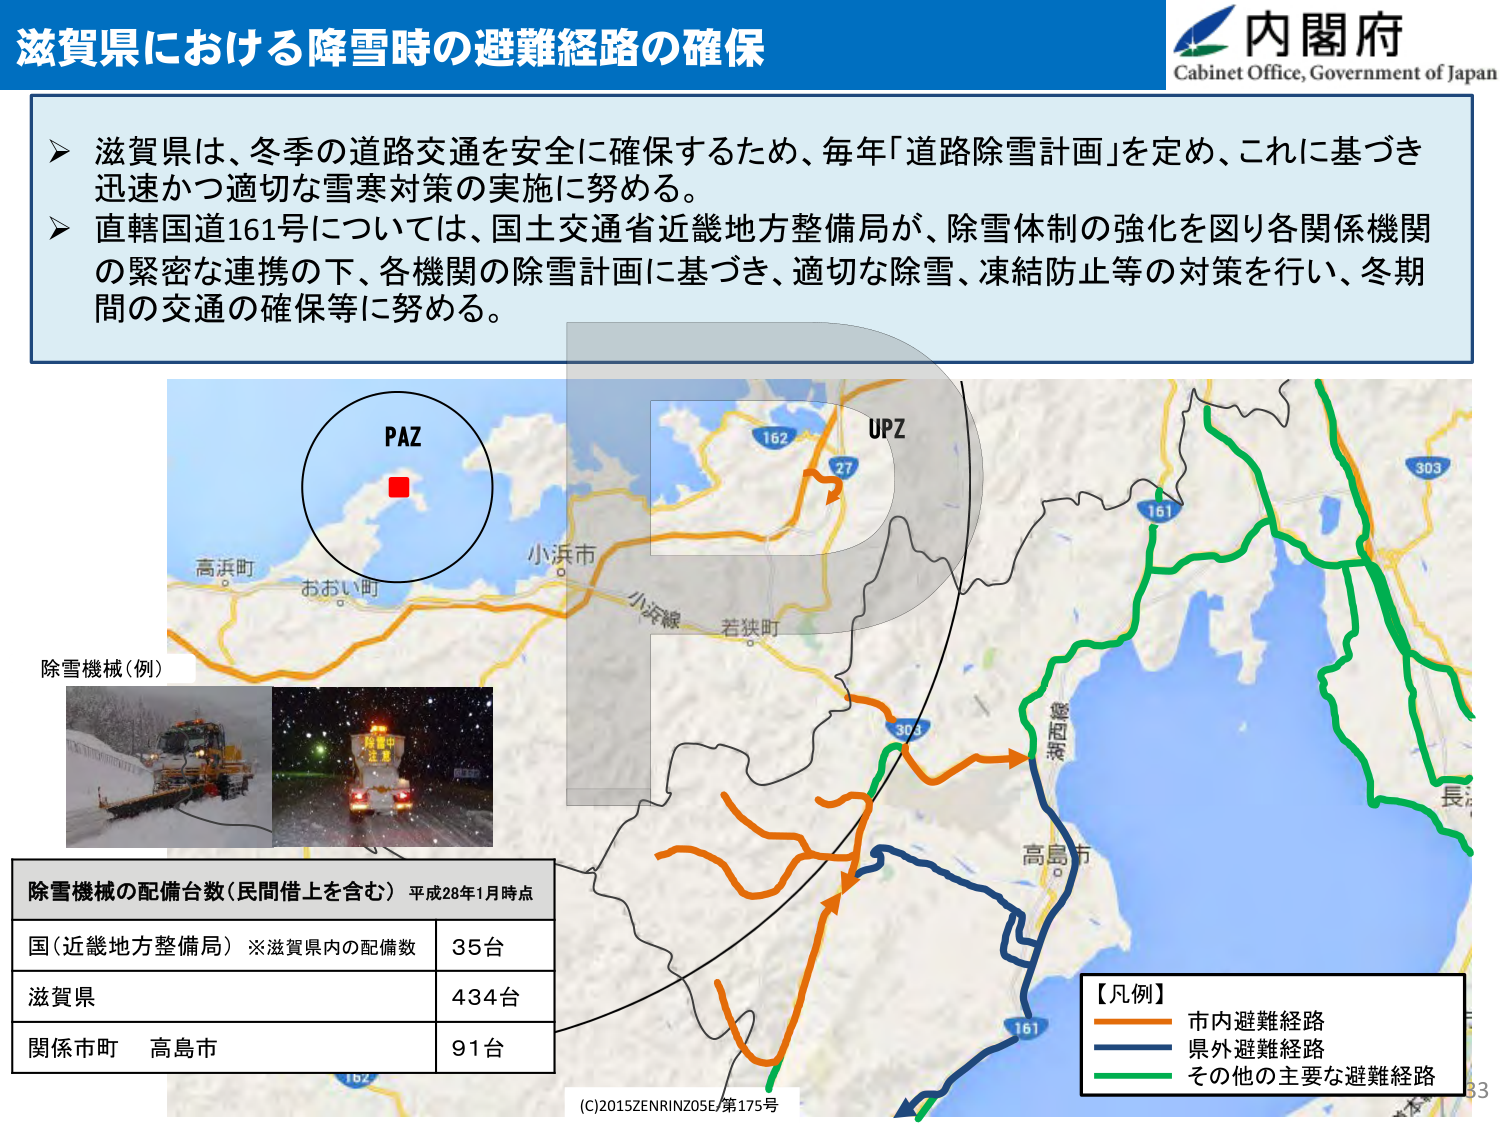
滋賀県における降雪時の避難経路の確保
内閣府
Cabinet Office, Government of Japan

➤ 滋賀県は、冬季の道路交通を安全に確保するため、毎年「道路除雪計画」を定め、これに基づき迅速かつ適切な雪寒対策の実施に努める。
➤ 直轄国道161号については、国土交通省近畿地方整備局が、除雪体制の強化を図り各関係機関の緊密な連携の下、各機関の除雪計画に基づき、適切な除雪、凍結防止等の対策を行い、冬期間の交通の確保等に努める。

PAZ
UPZ
高浜町
おおい町
小浜市
小浜線
若狭町
162
27
161
303
湖西線
高島市
長
303
161
除雪機械（例）
除雪中
注意

除雪機械の配備台数（民間借上を含む） 平成28年1月時点
国（近畿地方整備局）※滋賀県内の配備数 35台
滋賀県 434台
関係市町 高島市 91台

【凡例】
市内避難経路
県外避難経路
その他の主要な避難経路

(C)2015ZENRINZ05E/第175号